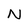
Character: N